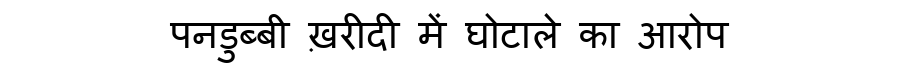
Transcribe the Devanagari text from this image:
पनडुब्बी ख़रीदी में घोटाले का आरोप